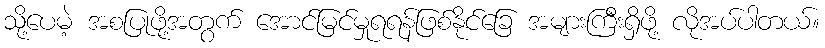
သို့ပေမဲ့ အစပြုဖို့အတွက် အောင်မြင်မှုရရန်ဖြစ်နိုင်ခြေ အများကြီးရှိဖို့ လိုအပ်ပါတယ်။